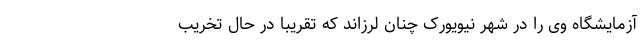
آزمایشگاه وی را در شهر نیویورک چنان لرزاند که تقریبا در حال تخریب